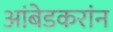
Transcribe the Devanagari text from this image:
आंबेडकरांन